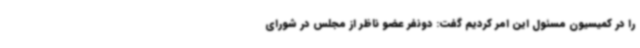
را در کمیسیون مسئول این امر کردیم گفت: دونفر عضو ناظر از مجلس در شورای